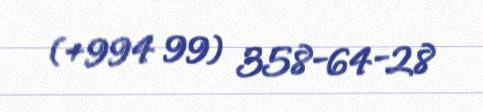
(+994 99) 358-64-28